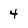
Character: 4